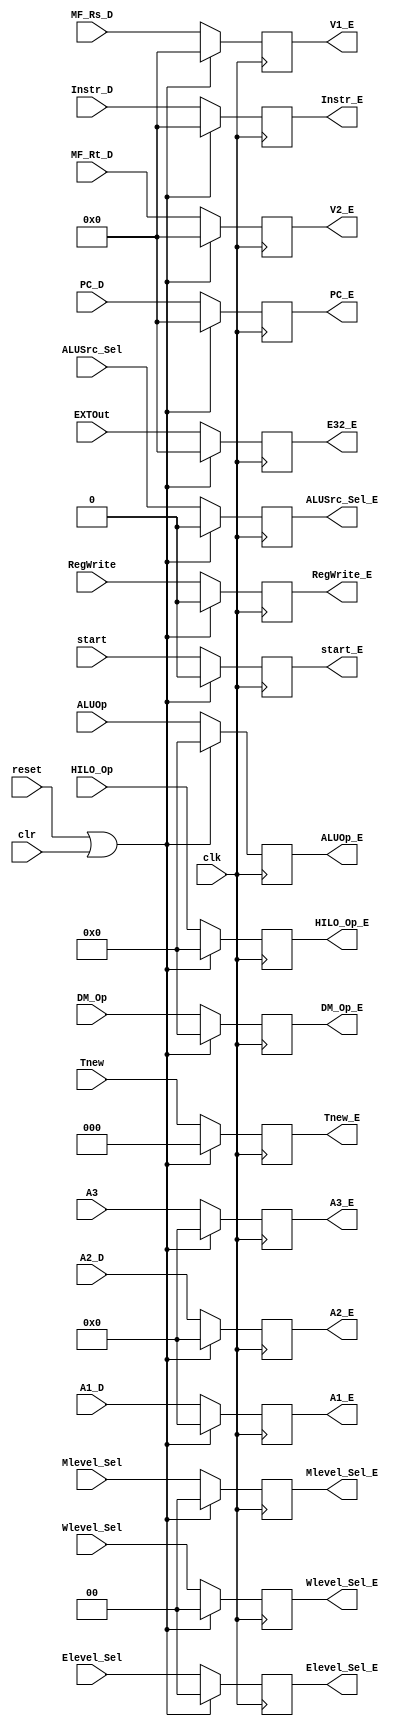
`timescale 1ns / 1ps
module E_REG(
    input clk,
    input reset,
    input clr,
	 
    //come from MainCU
    input [3:0] ALUOp,
	 input [3:0] HILO_Op,
	 input [3:0] DM_Op,
	 input start,
    input ALUSrc_Sel,
    input RegWrite,
	 input [1:0] Elevel_Sel,  
    input [1:0] Mlevel_Sel, 
    input [1:0] Wlevel_Sel,  
	 
	 //come from D_stage
    input [31:0] Instr_D,
    input [31:0] PC_D,
    input [31:0] EXTOut,
	 input [4:0] A1_D,
	 input [4:0] A2_D,
	 //come from AT-Decoder
    input [4:0] A3,
    input [2:0] Tnew,	
	 
	 //come from forward-Mux
	 input [31:0] MF_Rs_D,
    input [31:0] MF_Rt_D,

    //control signal
    output reg [3:0] ALUOp_E,
	 output reg [3:0] HILO_Op_E,
	 output reg [3:0] DM_Op_E,
	 output reg start_E,
    output reg ALUSrc_Sel_E,
    output reg RegWrite_E,
	 output reg [1:0] Elevel_Sel_E,	 //E	
    output reg [1:0] Mlevel_Sel_E,   //M
    output reg [1:0] Wlevel_Sel_E,   //W
	 
    output reg [31:0] Instr_E,
    output reg [31:0] PC_E,
    output reg [31:0] V1_E,
    output reg [31:0] V2_E,
    output reg [31:0] E32_E,
	 
	 output reg [4:0] A1_E,
	 output reg [4:0] A2_E,
    output reg [4:0] A3_E,
    output reg [2:0] Tnew_E
);
    initial begin
        ALUOp_E<=0;
		  HILO_Op_E<=0;
		  DM_Op_E<=0;
		  start_E<=0;
        ALUSrc_Sel_E<=0;
        RegWrite_E<=0;
		  Elevel_Sel_E<=0;
        Mlevel_Sel_E<=0;
        Wlevel_Sel_E<=0;
        Instr_E<=32'h0;
        PC_E<=0;
        V1_E<=0;
        V2_E<=0;
        E32_E<=0;
		  A1_E<=0;
		  A2_E<=0;
        A3_E<=0;
        Tnew_E<=0;
    end

  always @(posedge clk) begin
    if(reset||clr) begin
        ALUOp_E<=0;
		  HILO_Op_E<=0;
		  DM_Op_E<=0;
		  start_E<=0;

        ALUSrc_Sel_E<=0;
        RegWrite_E<=0;
		  Elevel_Sel_E<=0;
        Mlevel_Sel_E<=0;
        Wlevel_Sel_E<=0;
        Instr_E<=32'h0;
        PC_E<=0;
        V1_E<=0;
        V2_E<=0;
        E32_E<=0;
		  A1_E<=0;
		  A2_E<=0;
        A3_E<=0;
        Tnew_E<=0;
    end
	 
    else begin
        ALUOp_E<=ALUOp;
		  HILO_Op_E<=HILO_Op;
		  DM_Op_E<=DM_Op;
		  start_E<=start;
        ALUSrc_Sel_E<=ALUSrc_Sel;
        RegWrite_E<=RegWrite;
		  Elevel_Sel_E<=Elevel_Sel;
        Mlevel_Sel_E<=Mlevel_Sel;
        Wlevel_Sel_E<=Wlevel_Sel;
        Instr_E<=Instr_D;
        PC_E<=PC_D;
        V1_E<=MF_Rs_D;
        V2_E<=MF_Rt_D;
        E32_E<=EXTOut;
		  A1_E<=A1_D;
		  A2_E<=A2_D;
        A3_E<=A3;
        Tnew_E<=Tnew;
    end
  end

endmodule